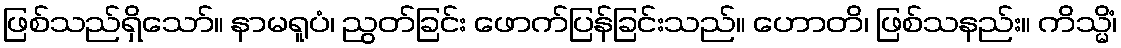
ဖြစ်သည်ရှိသော်။ နာမရူပံ၊ ညွတ်ခြင်း ဖောက်ပြန်ခြင်းသည်။ ဟောတိ၊ ဖြစ်သနည်း။ ကိသ္မိံ၊